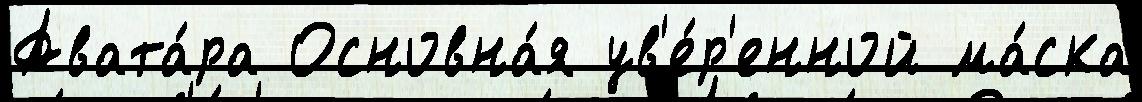
Авата́ра Основна́я ув'е́р'енной ма́ска